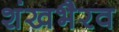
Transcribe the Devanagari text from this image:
शंखभैरव